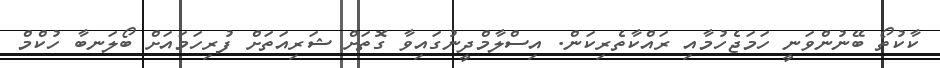
ކާކުތޯ ބޭނުންވަނީ ހަމަޖެހުމާއި ރައްކާތެރިކަން. އިސްލާމްދީނުގައިވާ ގޮތަށް ޝަރިއަތަށް ފުރިހަމައަށް ބޯލަނބާ ހުކްމް